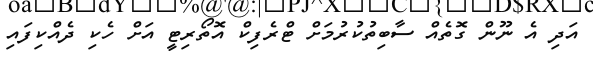
އަދި އެ ނޫން ގޮތެއް ސާބިތުކުރުމަށް ޓްރެފިކް އޮތޯރިޓީ އަށް ހެކި ދެއްކިފައި